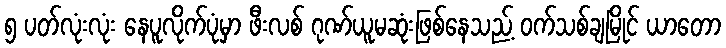
၅ ပတ်လုံးလုံး နေပူလိုက်ပုံမှာ ဖီးလစ် ဂုဏ်ယူမဆုံးဖြစ်နေသည့် ဝက်သစ်ချမြိုင် ယာတော